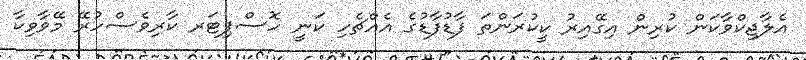
އެލާޖިކްވާކަން ކުރިން އިގޭއިރު ކީކުރަންތަ ފާޑުފާޑުގެ އެއްޗެހި ކަނީ ހޮސްޕިޓަރ ކާރިވެސްހުރޭ މޭވާވިކާ